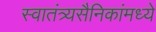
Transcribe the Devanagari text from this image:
स्वातंत्र्यसैनिकांमध्ये